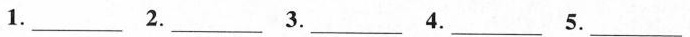
1.___ 2.___ 3.___ 4.___ 5.___